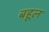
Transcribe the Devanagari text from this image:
बहूल